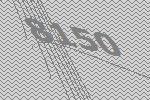
8150